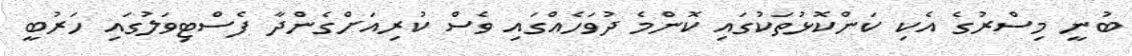
ބުނީ މިސްރުގެ އެކި ކަންކޮޅުތަކުގައި ކޮންމެ ދުވަހެއްގައި ވެސް ކުރިއަށްގެންދާ ފެސްޓިވަލުގައި ހަރުބީ